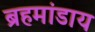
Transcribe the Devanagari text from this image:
ब्रहमांडाय